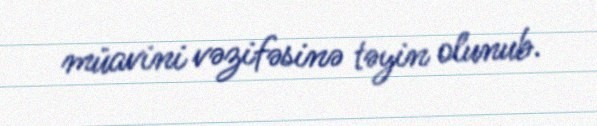
müavini vəzifəsinə təyin olunub.